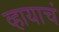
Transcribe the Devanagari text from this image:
व्हायाचं